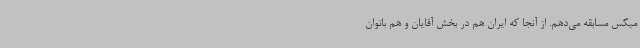
میکس مسابقه می‌دهم. از آنجا که ایران هم در بخش آقایان و هم بانوان